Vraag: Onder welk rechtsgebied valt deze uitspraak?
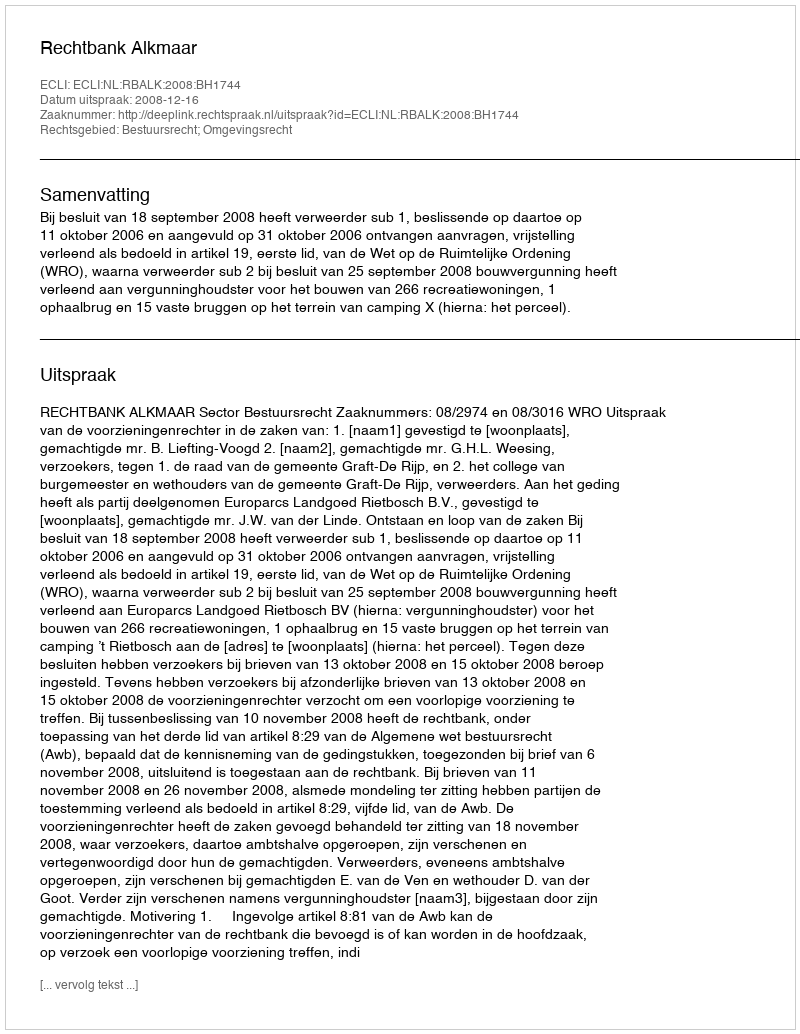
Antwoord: Bestuursrecht; Omgevingsrecht